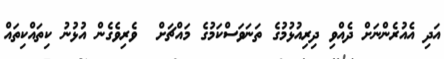
އަދި އެއުރެންނަށް ދެއްވި ދިރިއުޅުމުގެ ތަނަވަސްކަމުގެ މައްޗަށް  ވެރިވެގެން އުޅުނު ކިތައްކިތައް